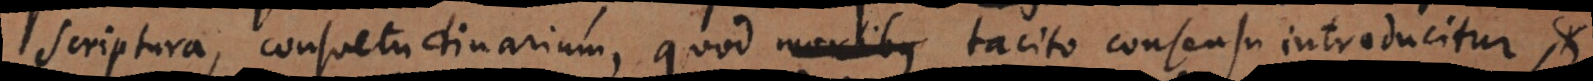
scriptura, consuetudinarium, quod mentibus tacito consensu introducitur,